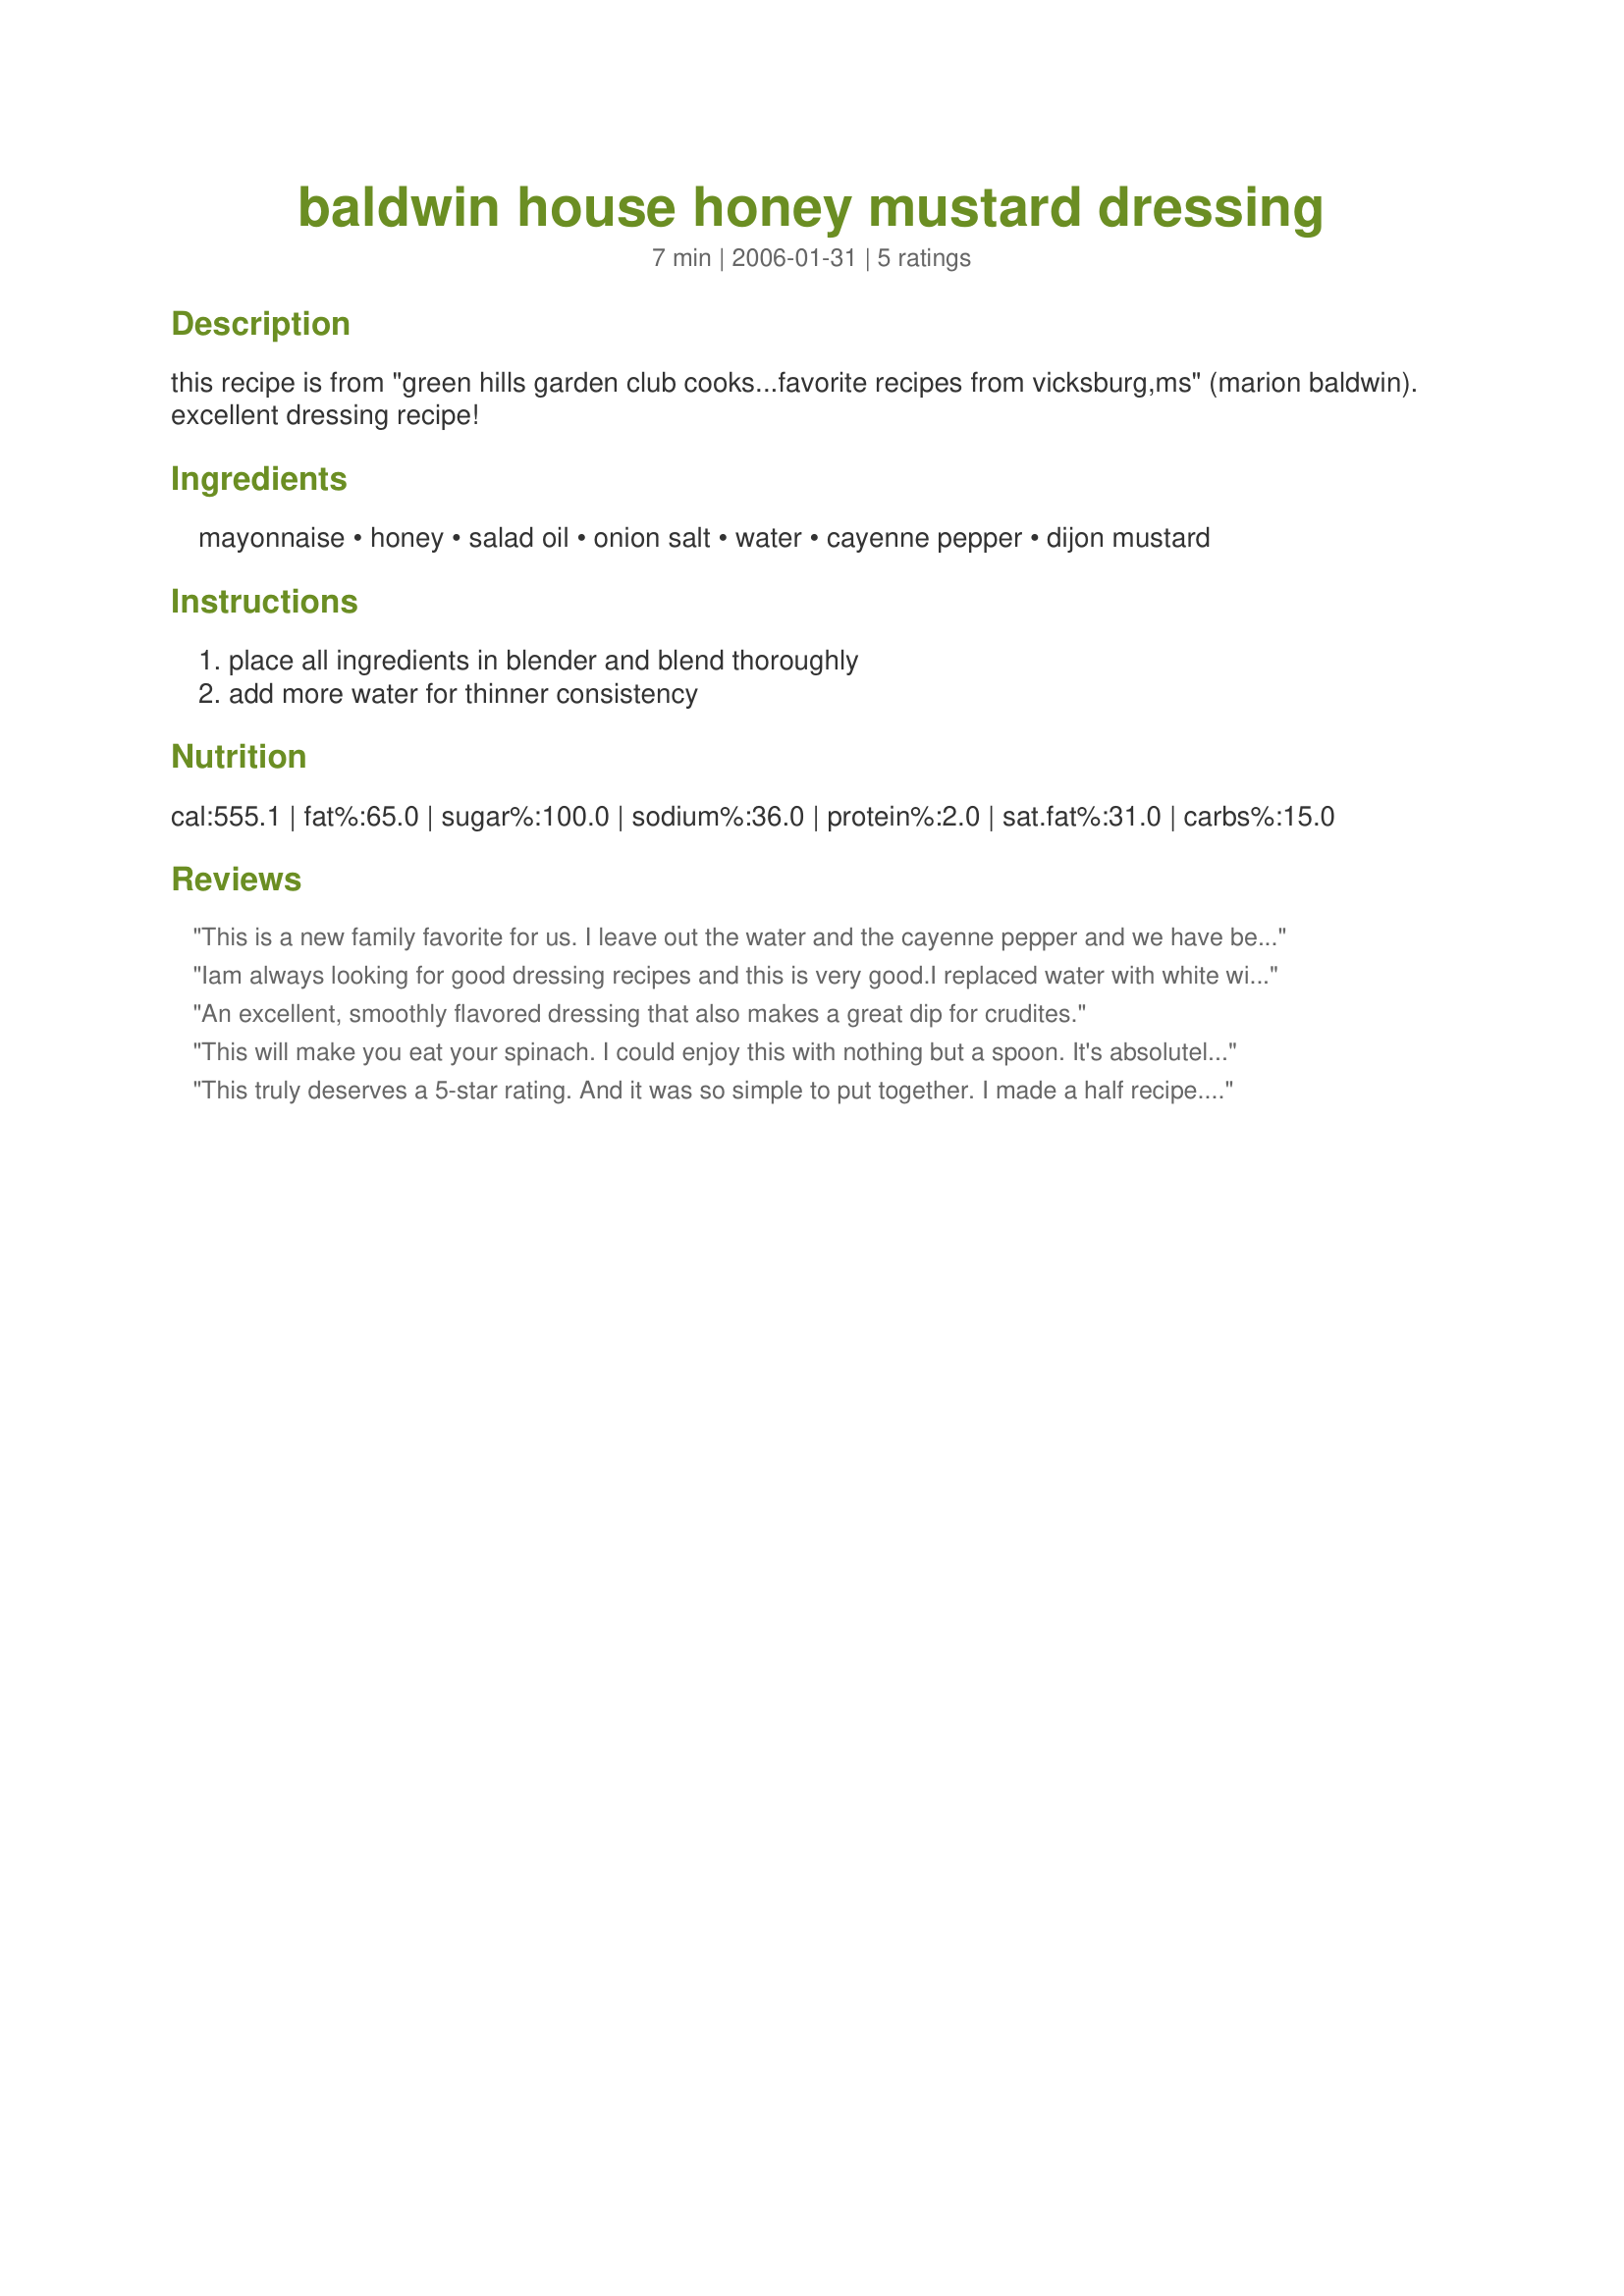
baldwin house honey mustard dressing
Preparation time: 7 minutes

this recipe is from "green hills garden club cooks...favorite recipes from vicksburg,ms" (marion baldwin). excellent dressing recipe!

Ingredients:
mayonnaise, honey, salad oil, onion salt, water, cayenne pepper, dijon mustard

Steps:
place all ingredients in blender and blend thoroughly, add more water for thinner consistency

Reviews:
This is a new family favorite for us. I leave out the water and the cayenne pepper and we have been using it on everything. As a dip for eggrolls and chicken nuggets, as a sandwich spread (great on deli roast beef). I served it on the table at Christmas as a condiment for a roast pork loin. I make 1/4 recipe and keep it in a pint jar in the frig. My kids are always asking for it. Thanks for this easy and so versitile recipe.
(oh yes, and it's good on salad too! LOL).
Iam always looking for good dressing recipes and this is very good.I replaced water with white wine vinegar and omited the oil and salt.This is also a nice looking dressing.Thank you.
An excellent, smoothly flavored dressing that also makes a great dip for crudites.
This will make you eat your spinach. I could enjoy this with nothing but a spoon. It's absolutely delicious, SouthernBell. I made an eighth of a recipe and did have to thin it down for salad dressing. It would have made a great dip before thinning.
This truly deserves a 5-star rating. And it was so simple to put together. I made a half recipe. I like the little hint of heat in the background that the cayenne pepper gives.
